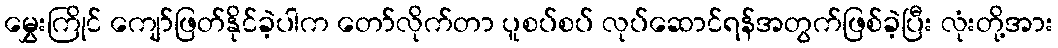
မွှေးကြိုင် ကျော်ဖြတ်နိုင်ခဲ့ပါက တော်လိုက်တာ ပူစပ်စပ် လုပ်ဆောင်ရန်အတွက်ဖြစ်ခဲ့ပြီး လုံးတို့အား